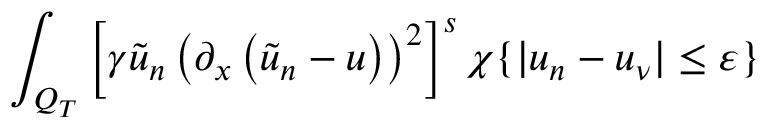
\int _ { Q _ { T } } \left[ \gamma \tilde { u } _ { n } \left( \partial _ { x } \left( \tilde { u } _ { n } - u \right) \right) ^ { 2 } \right] ^ { s } \chi \{ | u _ { n } - u _ { \nu } | \leq \varepsilon \}